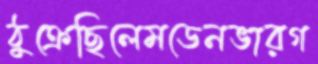
ঠুক্‌রেছিলেমডেনভারগ